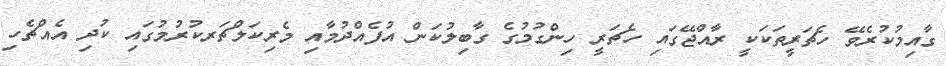
ގާއިމުކުރެވޭ ހެޗަރީތަކަކީ ރާއްޖޭގައި ހެޗަރީ ހިންގުމުގެ ގާބިލުކަން އުފެއްދުމާއި މެރިކަލްޗަރކުރުމުގައި ކުދި އެއްޗެހި